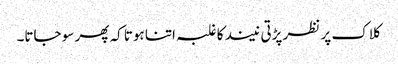
کلاک پر نظر پڑتی نیند کا غلبہ اتنا ہوتا کہ پھر سو جاتا۔